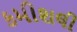
કમીશલી